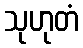
သုဟုတံ